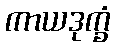
ကာယဒုက္ခံ